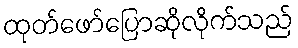
ထုတ်ဖော်ပြောဆိုလိုက်သည်